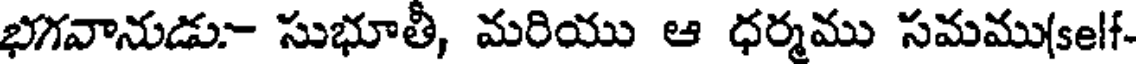
భగవానుడు- సుభూతీ, మరియు ఆ ధర్మము సమము(self